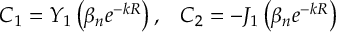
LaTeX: C _ { 1 } = Y _ { 1 } \left( \beta _ { n } e ^ { - k R } \right) , \; \; \; C _ { 2 } = - J _ { 1 } \left( \beta _ { n } e ^ { - k R } \right)